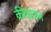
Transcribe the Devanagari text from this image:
क्रीड़ावन